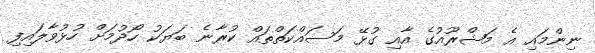
ނިންމައި އެ މަޝްރޫއުގެ އާއި ގުޅޭ މަސައްކަތްތައް ކުރާނެ ބަޔަކު ހޯދުމަށް ހުޅުވާލައިފި